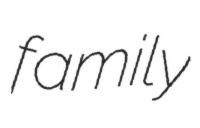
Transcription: family